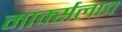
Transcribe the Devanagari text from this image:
मार्क्‍सलाच